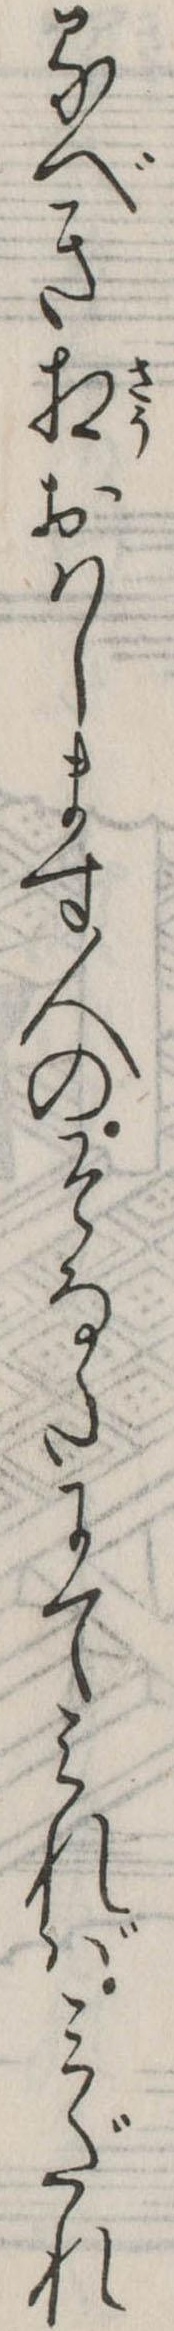
るべき相おはします人のそなたにてみればみだれ